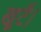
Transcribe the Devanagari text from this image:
खूटै।